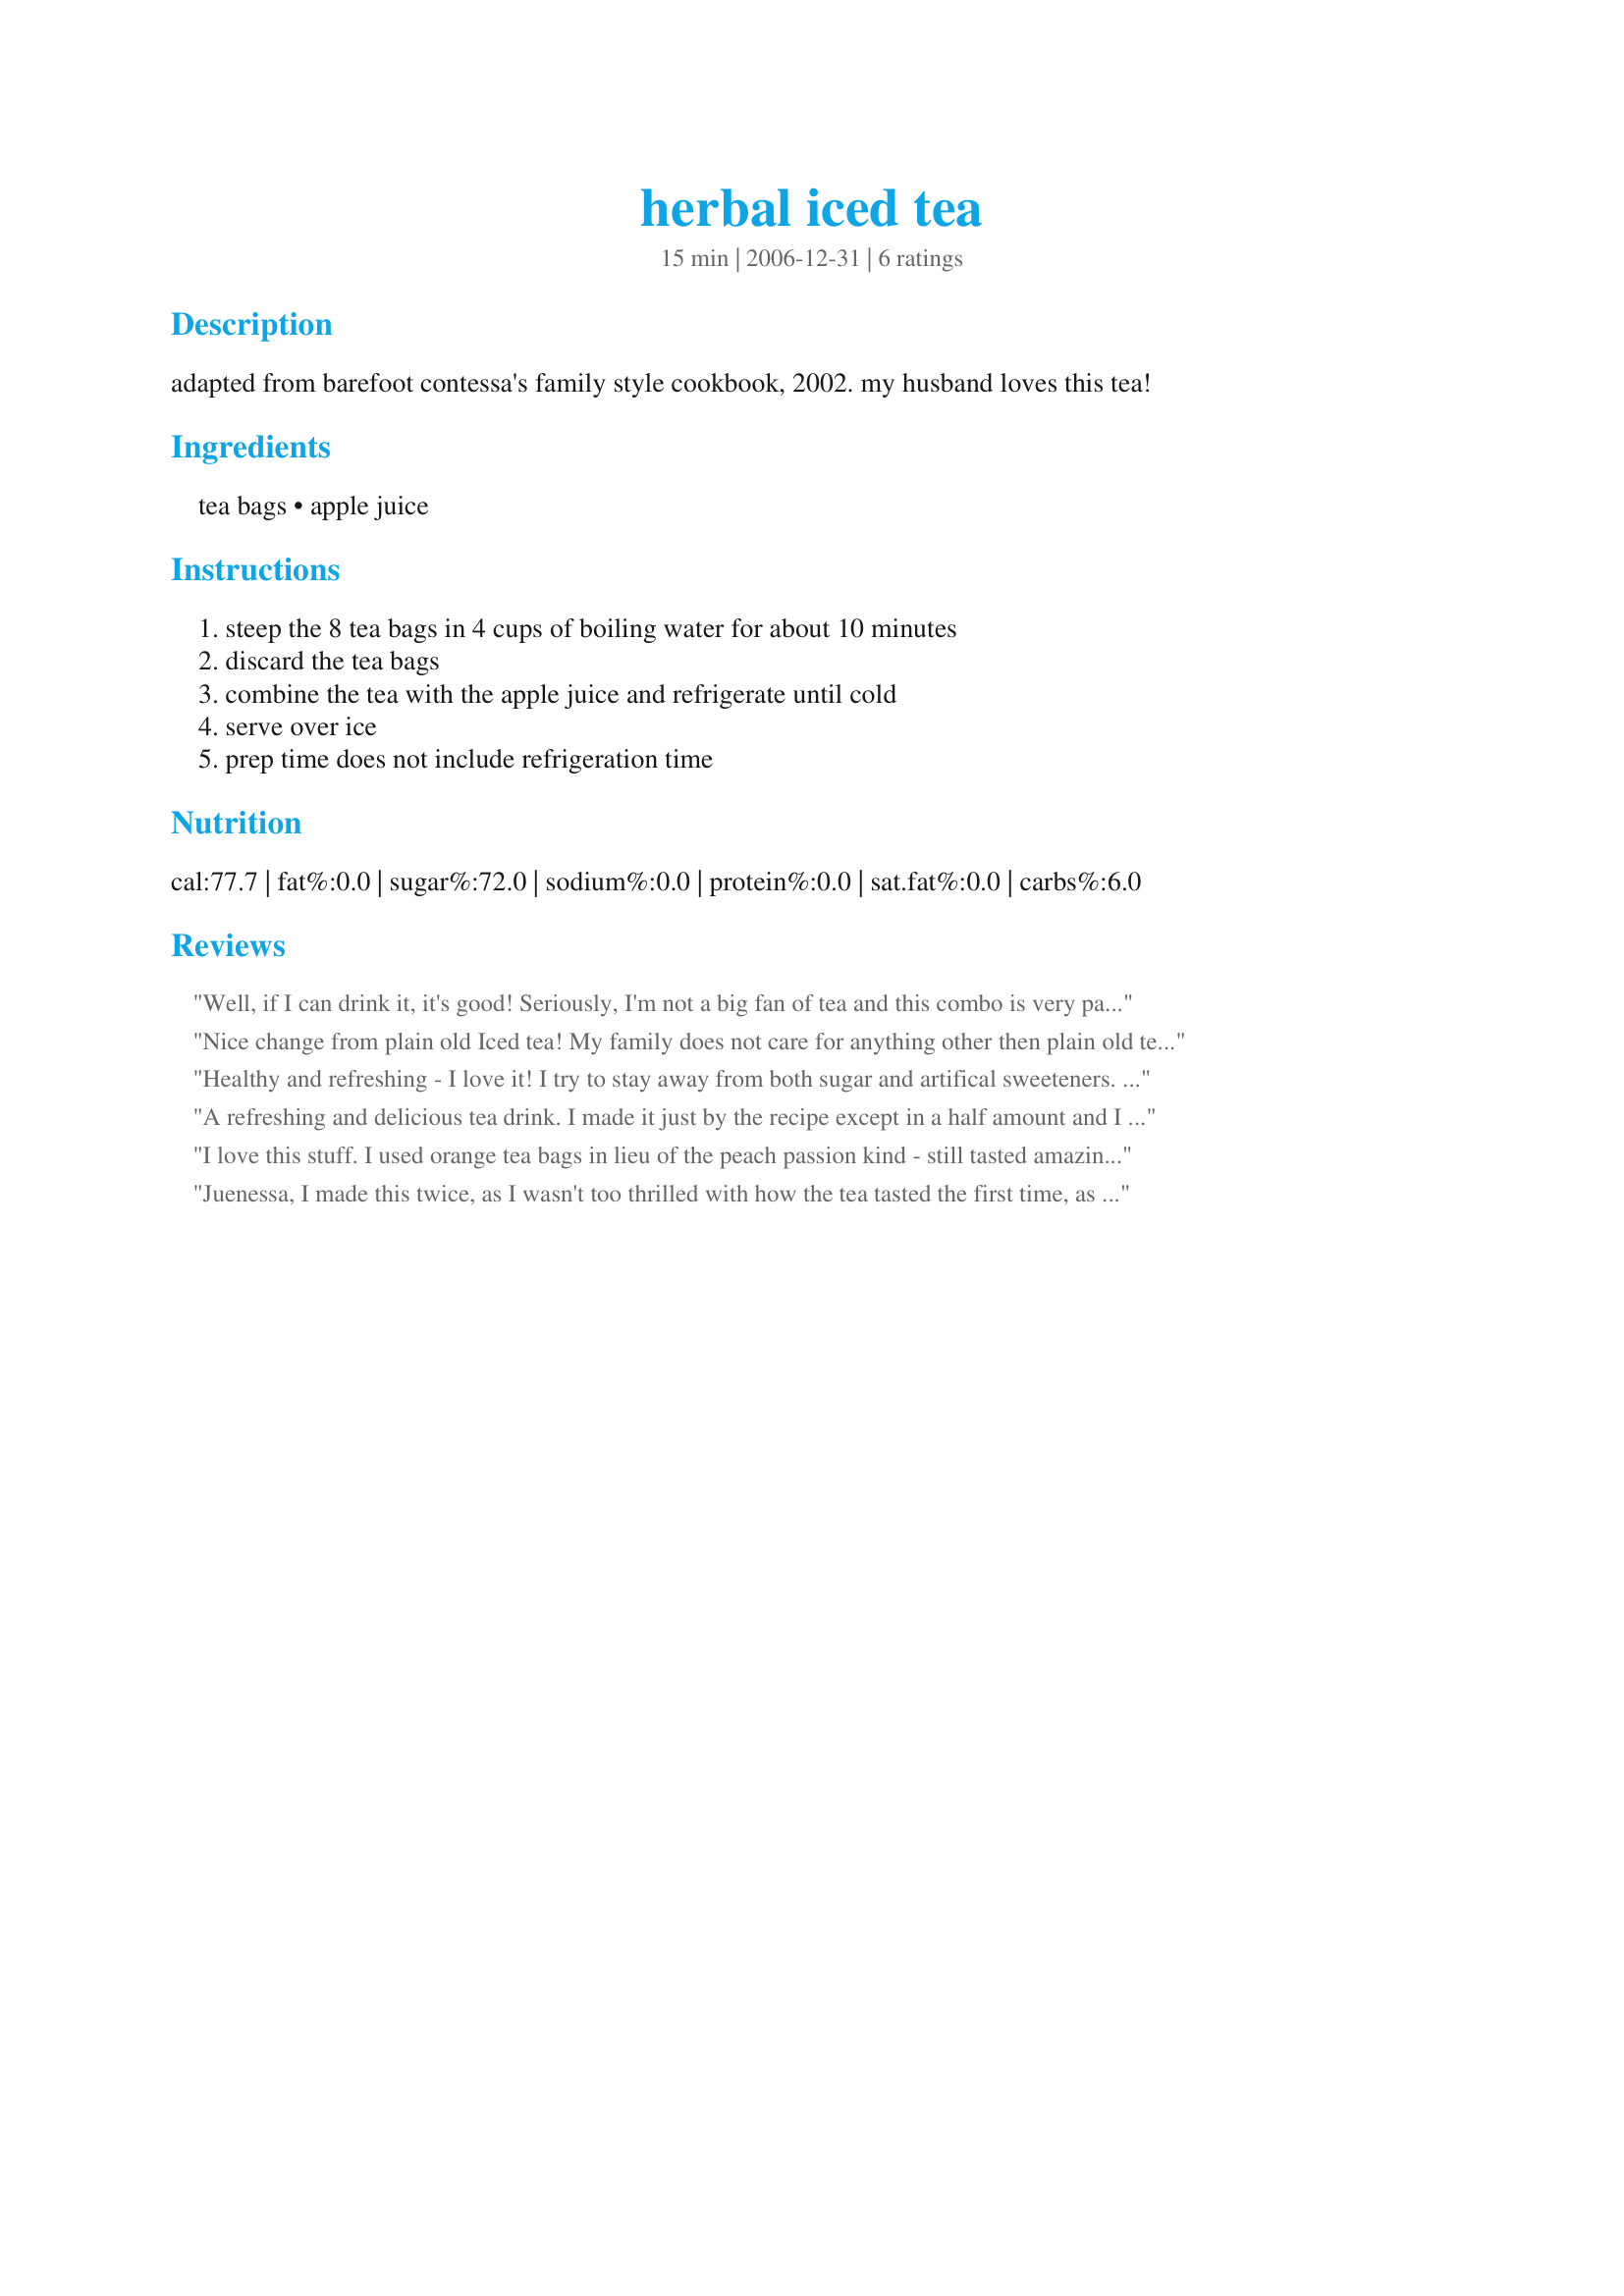
herbal iced tea
Preparation time: 15 minutes

adapted from barefoot contessa's family style cookbook, 2002. my husband loves this tea!

Ingredients:
tea bags, apple juice

Steps:
steep the 8 tea bags in 4 cups of boiling water for about 10 minutes, discard the tea bags, combine the tea with the apple juice and refrigerate until cold, serve over ice, prep time does not include refrigeration time

Reviews:
Well, if I can drink it, it's good! Seriously, I'm not a big fan of tea and this combo is very palatable. It doesn't need sugar bcz of the apple juice. The cinnamon was a bit strong for me, so I might try cutting the cinnamon apple bags to 2 or 3 and adding a couple of green tea bags next time. Very easy to make. Thanks Juenessa!
Nice change from plain old Iced tea! My family does not care for anything other then plain old tea but I LOVe variety! This was nicely flavored and very refreshing! Thanks Juenessa!
Healthy and refreshing - I love it!
I try to stay away from both sugar and artifical sweeteners. I was out of honey so I tried this. The apple juice is a wonderful natural sweetener. This IS a keeper - thank you.
A refreshing and delicious tea drink. I made it just by the recipe except in a half amount and I put a cinnamon stick into the pitcher. I made it last night and chilled it overnight. It's highly recommended with a high Yumm factor.
I love this stuff. I used orange tea bags in lieu of the peach passion kind - still tasted amazing. I also added about a tbsp of honey. :) Again, I love this - I will make it over and over.
Juenessa, I made this twice, as I wasn't too thrilled with how the tea tasted the first time, as the cinnamon was quite strong, so I made it again, and prefered this tea the 2nd time around. The second time I made this, I used 6 country peach passion tea bags, but only 3 cinnamon apple spice tea bags. The brand of Apple Juice I used in this tea was... Nature's Nectar. Also, when making the tea, I just bring the water to a boil, (but not a rolling boil) then I remove it immediately from the heat; pour it into a glass pitcher, (w/the tea bags) cover the pitcher with plastic wrap, and let the tea set for 1 hour. What a difference in the taste of the tea, after it sets for an hour. Otherwise the tea is a bit weak in flavor if it's just steep for 10 minutes. I'm editing my review, as I just added a packet of Splenda to my glass of tea filled with ice, and I enjoyed the tea even better. Thanks for the recipe Juenessa.
